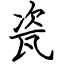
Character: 瓷